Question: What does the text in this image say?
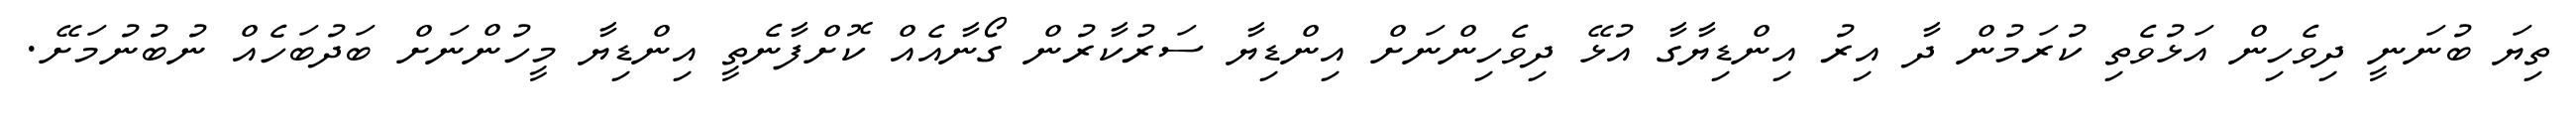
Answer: ތިޔަ ބުނަނީ ދިވެހިން އަޅުވެތި ކުރަމުން ދާ އިރު އިންޑިޔާގާ އުޅޭ ދިވެހިންނަށް އިންޑިޔާ ސަރުކާރުން ގޯނާއެއް ކޮށްފާނެތީ އިންޑިޔާ މީހުންނަށް ބަދުބަހެއް ނުބުނުމަށޭ.